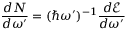
\frac { d N } { d \omega ^ { \prime } } = ( \hbar \omega ^ { \prime } ) ^ { - 1 } \frac { d \mathcal { E } } { d \omega ^ { \prime } }